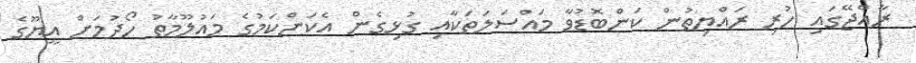
ރާއްޖޭގައި ހުރި ރައްޔިތުން ކަންބޮޑުވާ މައްސަލަތަކާއި ގުޅިގެން އެކަންކަމުގެ މައުލޫމާތު ހޯދުމަށް އީޔޫގެ